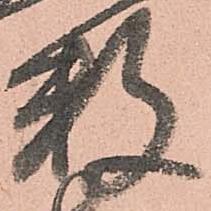
数